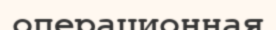
операционная